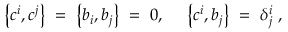
\left\{ c ^ { i } , c ^ { j } \right\} \ = \ \left\{ b _ { i } , b _ { j } \right\} \ = \ 0 , \ \quad \left\{ c ^ { i } , b _ { j } \right\} \ = \ \delta _ { j } ^ { i } \ ,